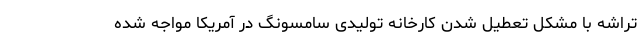
تراشه با مشکل تعطیل شدن کارخانه تولیدی سامسونگ در آمریکا مواجه شده